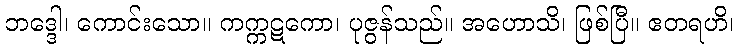
ဘဒ္ဒေါ၊ ကောင်းသော။ ကက္ကဋကော၊ ပုဇွန်သည်။ အဟောသိ၊ ဖြစ်ပြီ။ ဧတရဟိ၊